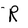
Character: R